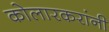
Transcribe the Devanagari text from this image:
कोलारकरांनी